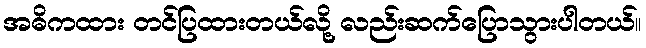
အဓိကထား တင်ပြထားတယ်လို့ လည်းဆက်ပြောသွားပါတယ်။